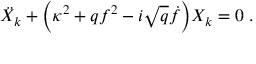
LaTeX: \ddot { X } _ { k } + { \left( \kappa ^ { 2 } + q f ^ { 2 } - i \sqrt { q } \dot { f } \right) } X _ { k } = 0 \ .